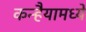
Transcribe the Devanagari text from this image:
कन्हैयामध्ये